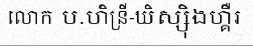
លោក ប.ហិន្រី-ឃិស្ស៊ិងហ្គឺរ